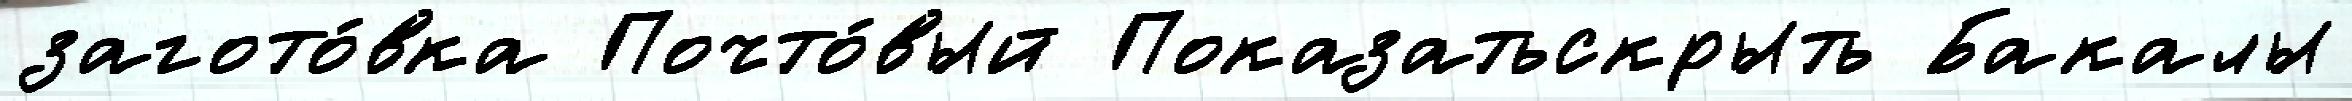
загото́вка Почто́вый Показатьскрыть Бакалы